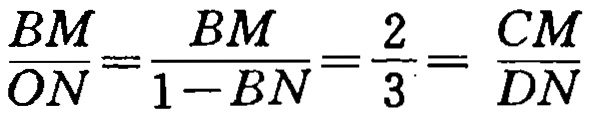
\(\frac{BM}{ON}=\frac{BM}{1 - BN}=\frac{2}{3}=\frac{CM}{DN}\)